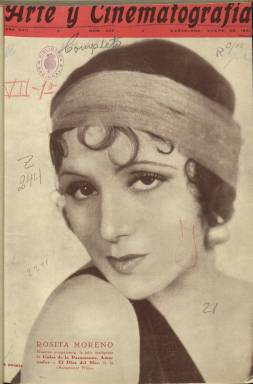
Título: Arte y cinematografía
Colección: Cine
Ámbito geográfico: Barcelona
Lugar de publicación: Barcelona
Fechas: 01/01/1931-31/12/1935

Enmarcado en una artística cabecera de portada, bajo el título de esta publicación se lee el siguiente subtítulo: ‘Primera revista cinematográfica española. La más antigua, la de mayor circulación’. Lo segundo puede que fuera cierto, al menos en alguna etapa de su dilatada andadura, lo que no es cierto es que fuera la primera publicación dedicada al arte naciente del cine en nuestro país.

   Arte y Cinematografía comenzó a editarse en Barcelona en 1910, pero ya en 1907 habían comenzado a publicarse El Cinematógrafo ilustrado, también en Barcelona, y el boletín Artístico-Cinematográfico, en Madrid.

  Fundada por el autor teatral de dramas y comedias Jaume Firmat Noguera, la publicación estaba dirigida por Joaquim Freixes Sauri, autor de ‘La Cinematografía en España, guía de la industria y el comercio cinematográfico en España e industrias relacionadas con el mismo’, obra publicada en 1924.

   Arte y Cinematografía comenzó a publicarse quincenalmente primero para pasar luego a ser de periodicidad mensual. Editó además tres números especiales, en 1920 dedicado al 25 aniversario de la invención del cinematógrafo; en 1926, sobre la producción nacional y el Madrid cinematográfico; y finalmente en 1935 con motivo del 25 aniversario de la revista. El año siguiente de 1936 es el último de la publicación, lo que seguramente se debe al inicio de la Guerra Civil.

  La BNE posee números de esta publicación a partir del año 1931. En el de enero de ese año la portada está dedicada a Rosita Moreno, actriz española de la Paramount que comenzaba entonces su carrera en Hollywood. También incluye un artículo sobre los novedosos cine-club que comenzaban a aparecer en España y proyectaban películas vanguardistas. En concreto informa de las sesiones de Studio Cinaes en el cine Lido de Barcelona. En Madrid, fueron Luis Buñuel en la Residencia de Estudiantes y Ernesto Giménez Caballero, fundador de la Gaceta literaria, los impulsores de los cine-club en distintas salas.

    La revista incluía noticias y reportajes gráficos tanto nacionales como internacionales relacionadas con el cine: artistas, estrenos, salas exhibidoras, productoras y distribuidoras, así como artículos de fondo sobre el nuevo arte. No escaseaban tampoco las páginas de publicidad.

   En el número de agosto-septiembre de 1932, Arte y Cinematografía abrió sus páginas con la noticia sobre una proposición de ley presentada a las Cortes por un grupo de diputados para la defensa del cine español. Se trataba de poner un tope a la exhibición de películas norteamericanas.

   Es interesante también el número especial citado de 1935, tanto por la cantidad de información que ofrece, más de 400 páginas, como por el gran despliegue gráfico, con numerosas fotografías de actores y actrices del momento o de interiores de salas de cine. Destacan igualmente las estadísticas que incluye este especial, como un catálogo de los cines y exhibidores de las localidades españolas, provincia por provincia.

[Descripción publicada el 31/03/2020]